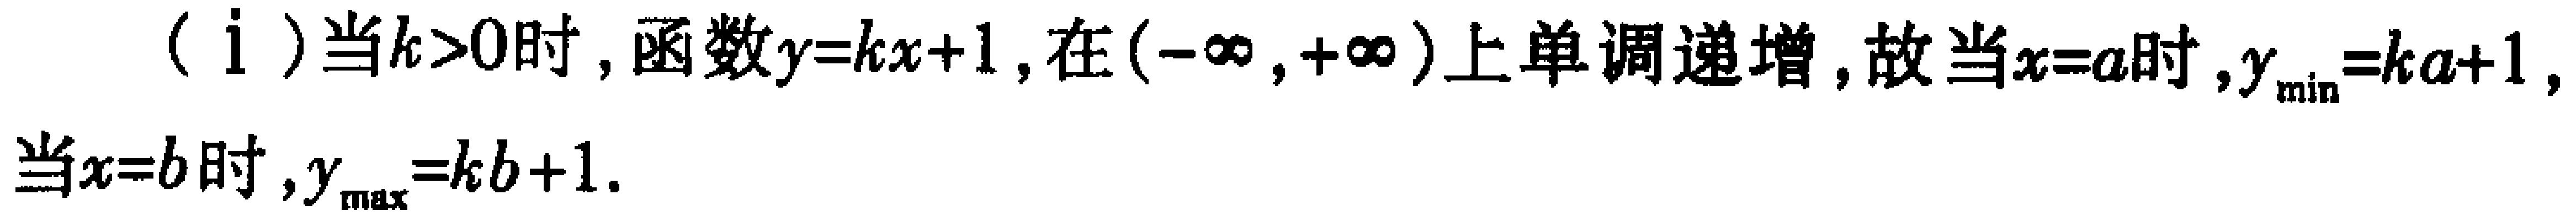
（i）当\(k > 0\)时，函数\(y = kx + 1\)，在\((-\infty, +\infty)\)上单调递增，故当\(x = a\)时，\(y_{\min}=ka + 1\)，当\(x = b\)时，\(y_{\max}=kb + 1\)。